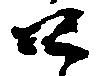
口